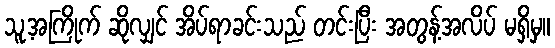
သူ့အကြိုက် ဆိုလျှင် အိပ်ရာခင်းသည် တင်းပြီး အတွန့်အလိပ် မရှိမှ။